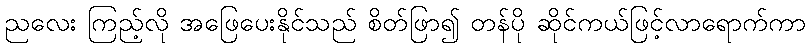
ညလေး ကြည့်လို အဖြေပေးနိုင်သည် စိတ်ဖြာ၍ တန်ပို ဆိုင်ကယ်ဖြင့်လာရောက်ကာ